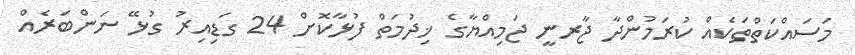
މަސައްކަތްތަކެއް ކުރަމުންދާ ޖާރނީ ޖަމިއްޔާގެ ޚިދުމަތް ފުޅާކޮށް 24 ގަޑިއިރު ގުޅޭ ނަންބަރެއް